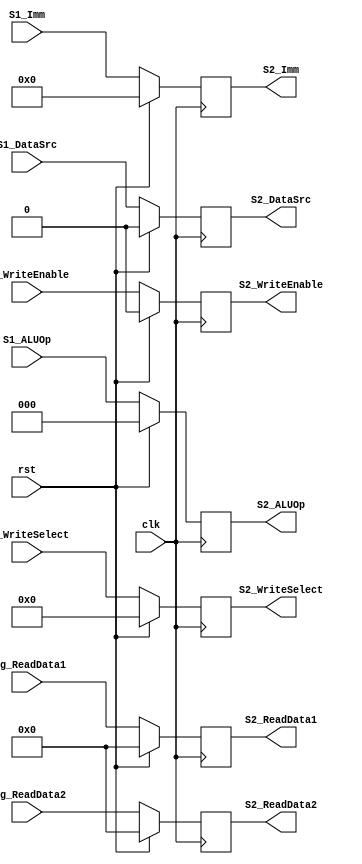
`timescale 1ns / 1ps
//////////////////////////////////////////////////////////////////////////////////
// Company: 
// Engineer: 
// 
// Design Name: 
// Module Name: S2_Reg
// Project Name: 
// Target Devices: 
// Tool Versions: 
// Description: 
// 
// Dependencies: 
// 
// Revision:
// Revision 0.01 - File Created
// Additional Comments:
// 
//////////////////////////////////////////////////////////////////////////////////


module S2_Reg(
    input clk,
    input rst,
    input [31:0] Reg_ReadData1,
    input [31:0] Reg_ReadData2,
    input [15:0] S1_Imm,
    input S1_DataSrc,
    input [2:0] S1_ALUOp,
    input [4:0] S1_WriteSelect,
    input S1_WriteEnable,
    output reg [31:0] S2_ReadData1,
    output reg [31:0] S2_ReadData2,
    output reg [15:0] S2_Imm,
    output reg S2_DataSrc,
    output reg [2:0] S2_ALUOp,
    output reg [4:0] S2_WriteSelect,
    output reg S2_WriteEnable
   );

    always@(posedge clk)
        begin
        if (rst)
            begin
            S2_ReadData1   <= 32'd0;
            S2_ReadData2   <= 32'd0;
            S2_Imm <= 16'b0;
            S2_DataSrc <= 1'b0;
            S2_ALUOp <= 3'b0;
            S2_WriteSelect <= 5'd0;
            S2_WriteEnable <= 1'b0;
            end
        else
            begin
            S2_ReadData1   <= Reg_ReadData1;
            S2_ReadData2   <= Reg_ReadData2;
            S2_Imm <= S1_Imm;
            S2_DataSrc <= S1_DataSrc;
            S2_ALUOp <= S1_ALUOp;
            S2_WriteSelect <= S1_WriteSelect;
            S2_WriteEnable <= S1_WriteEnable;
            end
        end
endmodule